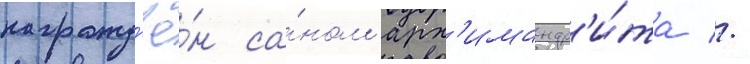
награжд'ё́н са́ном арх'имандр'и́та //